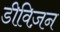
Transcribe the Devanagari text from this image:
डीविज़न